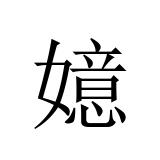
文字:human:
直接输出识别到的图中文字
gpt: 嬑